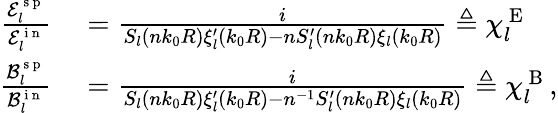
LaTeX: \begin{array}{rl}{\frac{\mathcal{E}_{l}^{\mathrm{~s~p~}}}{\mathcal{E}_{l}^{\mathrm{~i~n~}}}}&{{}=\frac{i}{S_{l}(nk_{0}R)\xi_{l}^{\prime}(k_{0}R)-nS_{l}^{\prime}(nk_{0}R)\xi_{l}(k_{0}R)}\triangleq\chi_{l}^{\mathrm{~E~}}}\\ {\frac{\mathcal{B}_{l}^{\mathrm{~s~p~}}}{\mathcal{B}_{l}^{\mathrm{~i~n~}}}}&{{}=\frac{i}{S_{l}(nk_{0}R)\xi_{l}^{\prime}(k_{0}R)-n^{-1}S_{l}^{\prime}(nk_{0}R)\xi_{l}(k_{0}R)}\triangleq\chi_{l}^{\mathrm{~B~}},}\end{array}